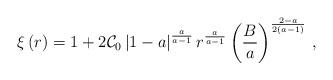
LaTeX: \begin{align*}\xi \left( r\right) =1+2\mathcal{C}_{0}\left| 1-a\right|^{\frac{a}{a-1}}r^{\frac{a}{a-1}}\left( \frac{B}{a}\right)^{\frac{2-a}{2\left( a-1\right) }}\,,\end{align*}